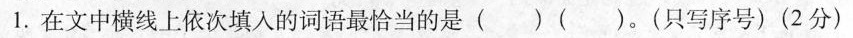
1.在文中横线上依次填入的词语最恰当的是 ( ) ( )。( 只写序号 ) ( 2分 )